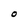
Character: O